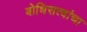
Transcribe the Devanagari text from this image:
बोधिसत्वांचा